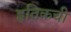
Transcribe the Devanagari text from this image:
हृतिकची